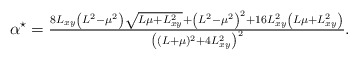
\begin{align*}\alpha^\star=\tfrac{8 L_{xy} \left(L^2-\mu^2\right) \sqrt{L \mu+L_{xy}^2}+\left(L^2-\mu^2\right)^2+16 L_{xy}^2 \left(L \mu+L_{xy}^2\right)}{\left((L+\mu)^2+4 L_{xy}^2\right)^2}.\end{align*}